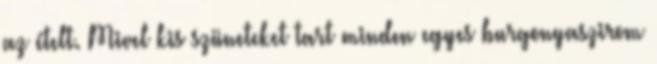
az ételt. Mivel kis szüneteket tart minden egyes burgonyaszirom